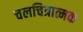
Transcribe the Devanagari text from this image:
चलचित्रात्मक